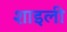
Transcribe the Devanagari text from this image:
शाइली